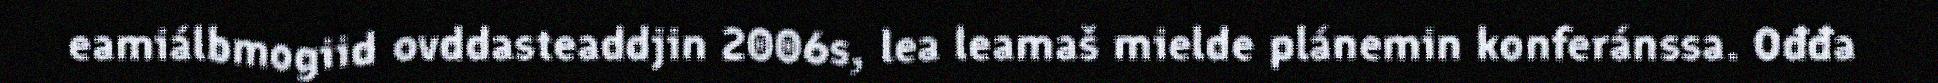
eamiálbmogiid ovddasteaddjin 2006s, lea leamaš mielde plánemin konferánssa. Ođđa